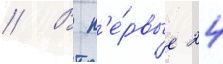
// В п'е́рвые 24